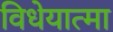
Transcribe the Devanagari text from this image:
विधेयात्मा